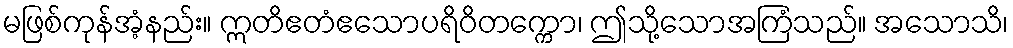
မဖြစ်ကုန်အံ့နည်း။ ဣတိဧတံဧသောပရိဝိတက္ကော၊ ဤသို့သောအကြံသည်။ အသောသိ၊